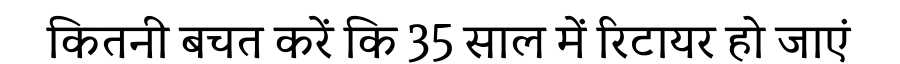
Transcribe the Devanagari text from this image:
कितनी बचत करें कि 35 साल में रिटायर हो जाएं